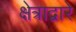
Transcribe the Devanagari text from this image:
क्षेत्राद्वारे